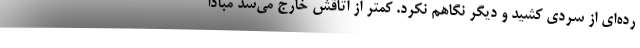
رده‌ای از سردی کشید و دیگر نگاهم نکرد. کمتر از اتاقش خارج می‌شد مبادا